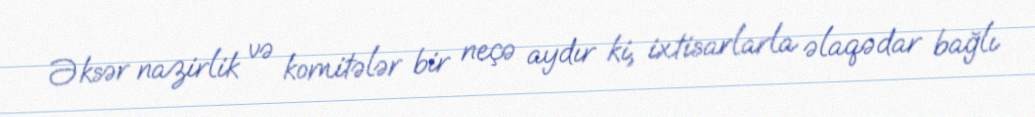
Əksər nazirlik və komitələr bir neçə aydır ki, ixtisarlarla əlaqədar bağlı